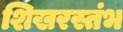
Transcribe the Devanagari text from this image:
शिखरस्तंभ